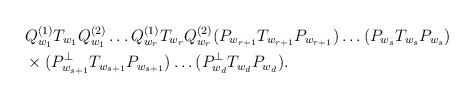
LaTeX: \begin{align*}& Q_{w_1}^{(1)} T_{w_1} Q_{w_1}^{(2)} \ldots Q_{w_r}^{(1)} T_{w_r} Q_{w_r}^{(2)} (P_{w_{r+1}} T_{w_{r+1}} P_{w_{r+1}} )\ldots (P_{w_s} T_{w_s} P_{w_s} )\\ & \times (P_{w_{s+1} }^\perp T_{w_{s+1}} P_{w_{s+1} }) \ldots ( P_{w_{d} }^\perp T_{w_{d}} P_{w_{d} }).\end{align*}